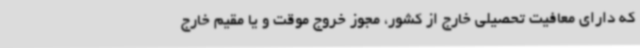
که دارای معافیت تحصیلی خارج از کشور، مجوز خروج موقت و یا مقیم خارج